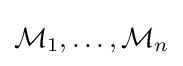
{\mathcal {M}}_{1},\dots ,{\mathcal {M}}_{n}